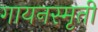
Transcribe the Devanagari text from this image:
गायनस्मृती